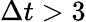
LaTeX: \Delta t>3